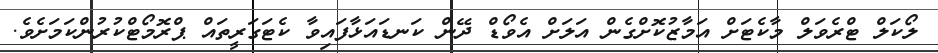
ލޯކަލް ޓްރެވަލް މާކެޓަށް އަމާޒުކޮށްގެން އަލަށް އެވޯޑް ދޭން ކަނޑައަޅާފައިވާ ކެޓަގަރީތައް ޕްރޮމޯޓްކުރުންކަމަށެވެ.